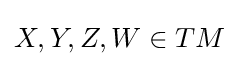
X,Y,Z,W\in TM